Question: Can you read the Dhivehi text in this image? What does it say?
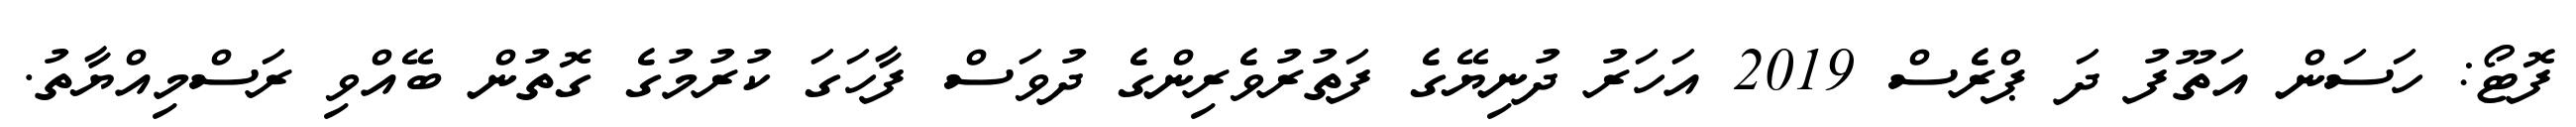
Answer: ފޮޓޯ: ހަސަން އަތޫފު ދަ ޕްރެސް 2019 އަހަރު ދުނިޔޭގެ ފަތުރުވެރިންގެ ދުވަސް ފާހަގަ ކުރުމުގެ ގޮތުން ބޭއްވި ރަސްމިއްޔާތު.